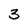
Character: 3